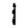
Digit: 1